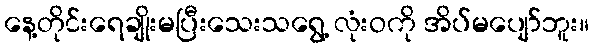
နေ့တိုင်းရေချိုးမပြီးသေးသရွေ့ လုံးဝကို အိပ်မပျော်ဘူး။